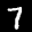
Label: 7